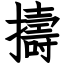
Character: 擣